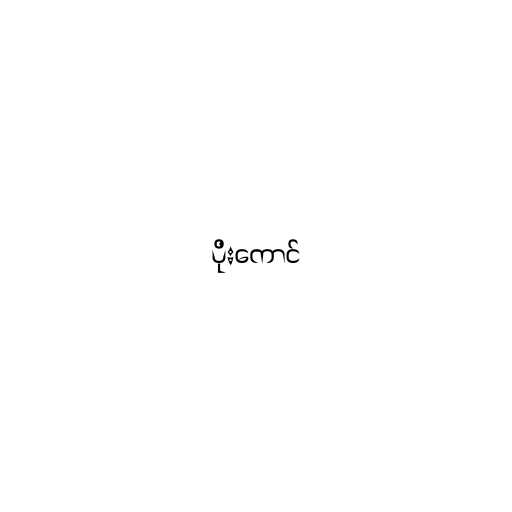
ပိုးကောင်